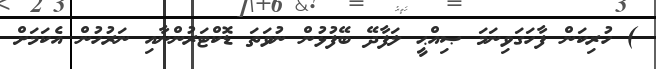
) ހުރިކަން ފާހަގަވިނަމަ ޞިއްޙީ ލަފާދޭ ބޭފުޅުން ނުވަތަ ޑޮކްޓަރުންނާއި ނަރުހުން އެކަމަށް